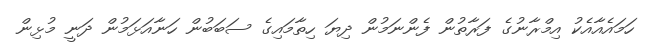
ހަމައެއާއެކު އިމްރާނުގެ ފަރާތުން ފެންނަމުން ދިޔަ ހިތާމައިގެ ސަބަބުން ހަނާއަޅަމުން ދަނީ މުޅިން